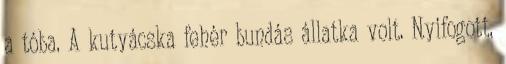
a tóba. A kutyácska fehér bundás állatka volt. Nyifogott,